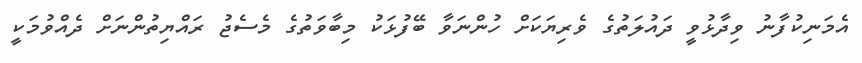
އެމަނިކުފާނު ވިދާޅުވީ ދައުލަތުގެ ވެރިޔަކަށް ހުންނަވާ ބޭފުޅަކު މިބާވަތުގެ މެސެޖު ރައްޔިތުންނަށް ދެއްވުމަކީ